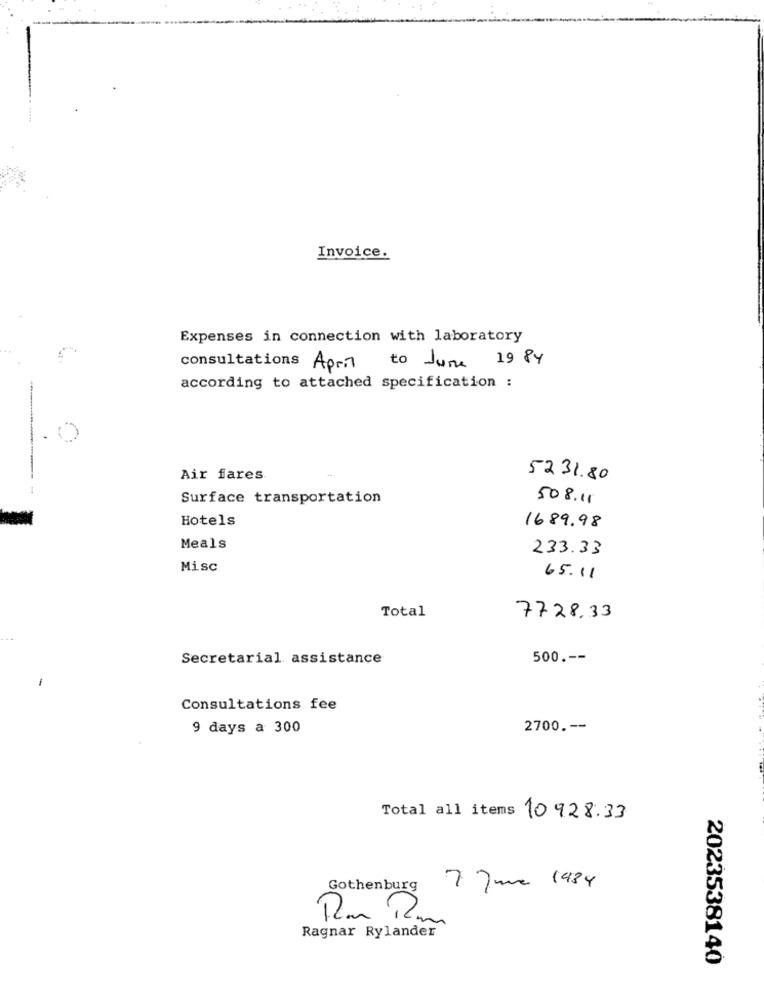
Invoice.
Expenses in connection with laboratory
to June 1984
consultations April
according to attached specification :
Air fares
5231.80
Surface transportation
508.11
Hotels
1689.98
Meals
233.33
Misc
65.11
Total
7728.33
Secretarial assistance
500 .--
Consultations fee
9 days a 300
2700. --
Total all items 10928.33
Gothenburg
7 June 1984
Ram Rm
-
Ragnar Rylander
2023538140